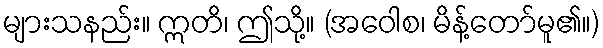
များသနည်း။ ဣတိ၊ ဤသို့။ (အဝေါစ၊ မိန့်တော်မူ၏။)